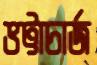
ভট্টাচার্জ